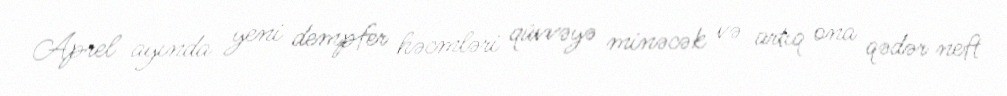
Aprel ayında yeni dempfer həcmləri qüvvəyə minəcək və artıq ona qədər neft